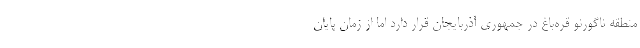
منطقه ناگورنو قره‌باغ در جمهوری آذربایجان قرار دارد اما از زمان پایان